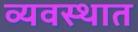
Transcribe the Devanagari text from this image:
व्यवस्थात